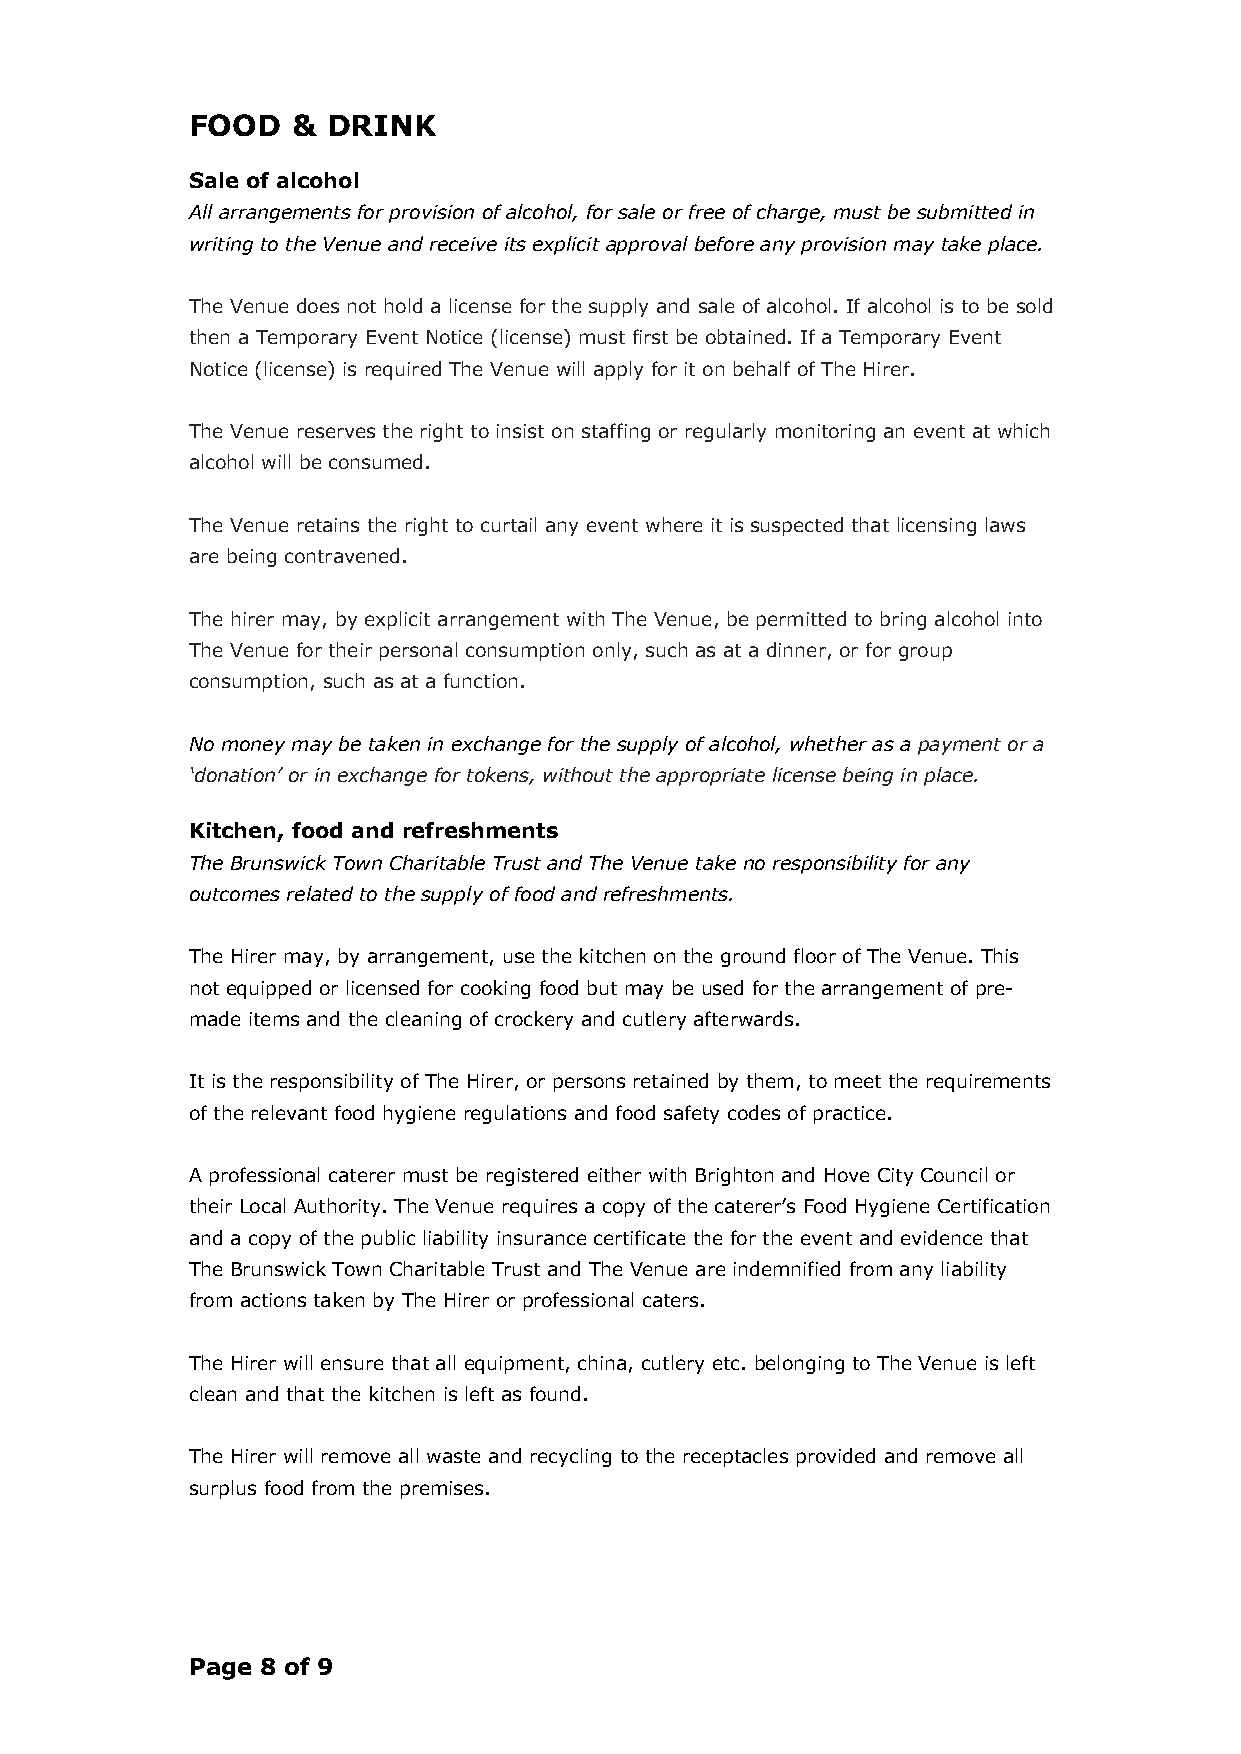
FOOD   &  DRINK
 Sale of alcohol
 All arrangements for provision of alcohol, for sale or free of charge, must be submitted in
 writing to the Venue and receive its explicit approval before any provision may take place.
 The Venue does not hold a license for the supply and sale of alcohol. If alcohol is to be sold
 then a Temporary Event Notice (license) must first be obtained. If a Temporary Event
 Notice (license) is required The Venue will apply for it on behalf of The Hirer.
 The Venue reserves the right to insist on staffing or regularly monitoring an event at which
 alcohol will be consumed.
 The Venue retains the right to curtail any event where it is suspected that licensing laws
 are being contravened.
 The hirer may, by explicit arrangement with The Venue, be permitted to bring alcohol into
 The Venue for their personal consumption only, such as at a dinner, or for group
 consumption, such as at a function.
 No money may be taken in exchange for the supply of alcohol, whether as a payment or a
 ‘donation’ or in exchange for tokens, without the appropriate license being in place.
 Kitchen, food and refreshments
 The Brunswick Town Charitable Trust and The Venue take no responsibility for any
 outcomes related to the supply of food and refreshments.
 The Hirer may, by arrangement, use the kitchen on the ground floor of The Venue. This
 not equipped or licensed for cooking food but may be used for the arrangement of pre-
 made items and the cleaning of crockery and cutlery afterwards.
 It is the responsibility of The Hirer, or persons retained by them, to meet the requirements
 of the relevant food hygiene regulations and food safety codes of practice.
 A professional caterer must be registered either with Brighton and Hove City Council or
 their Local Authority. The Venue requires a copy of the caterer’s Food Hygiene Certification
 and a copy of the public liability insurance certificate the for the event and evidence that
 The Brunswick Town Charitable Trust and The Venue are indemnified from any liability
 from actions taken by The Hirer or professional caters.
 The Hirer will ensure that all equipment, china, cutlery etc. belonging to The Venue is left
 clean and that the kitchen is left as found.
 The Hirer will remove all waste and recycling to the receptacles provided and remove all
 surplus food from the premises.
 Page 8 of 9